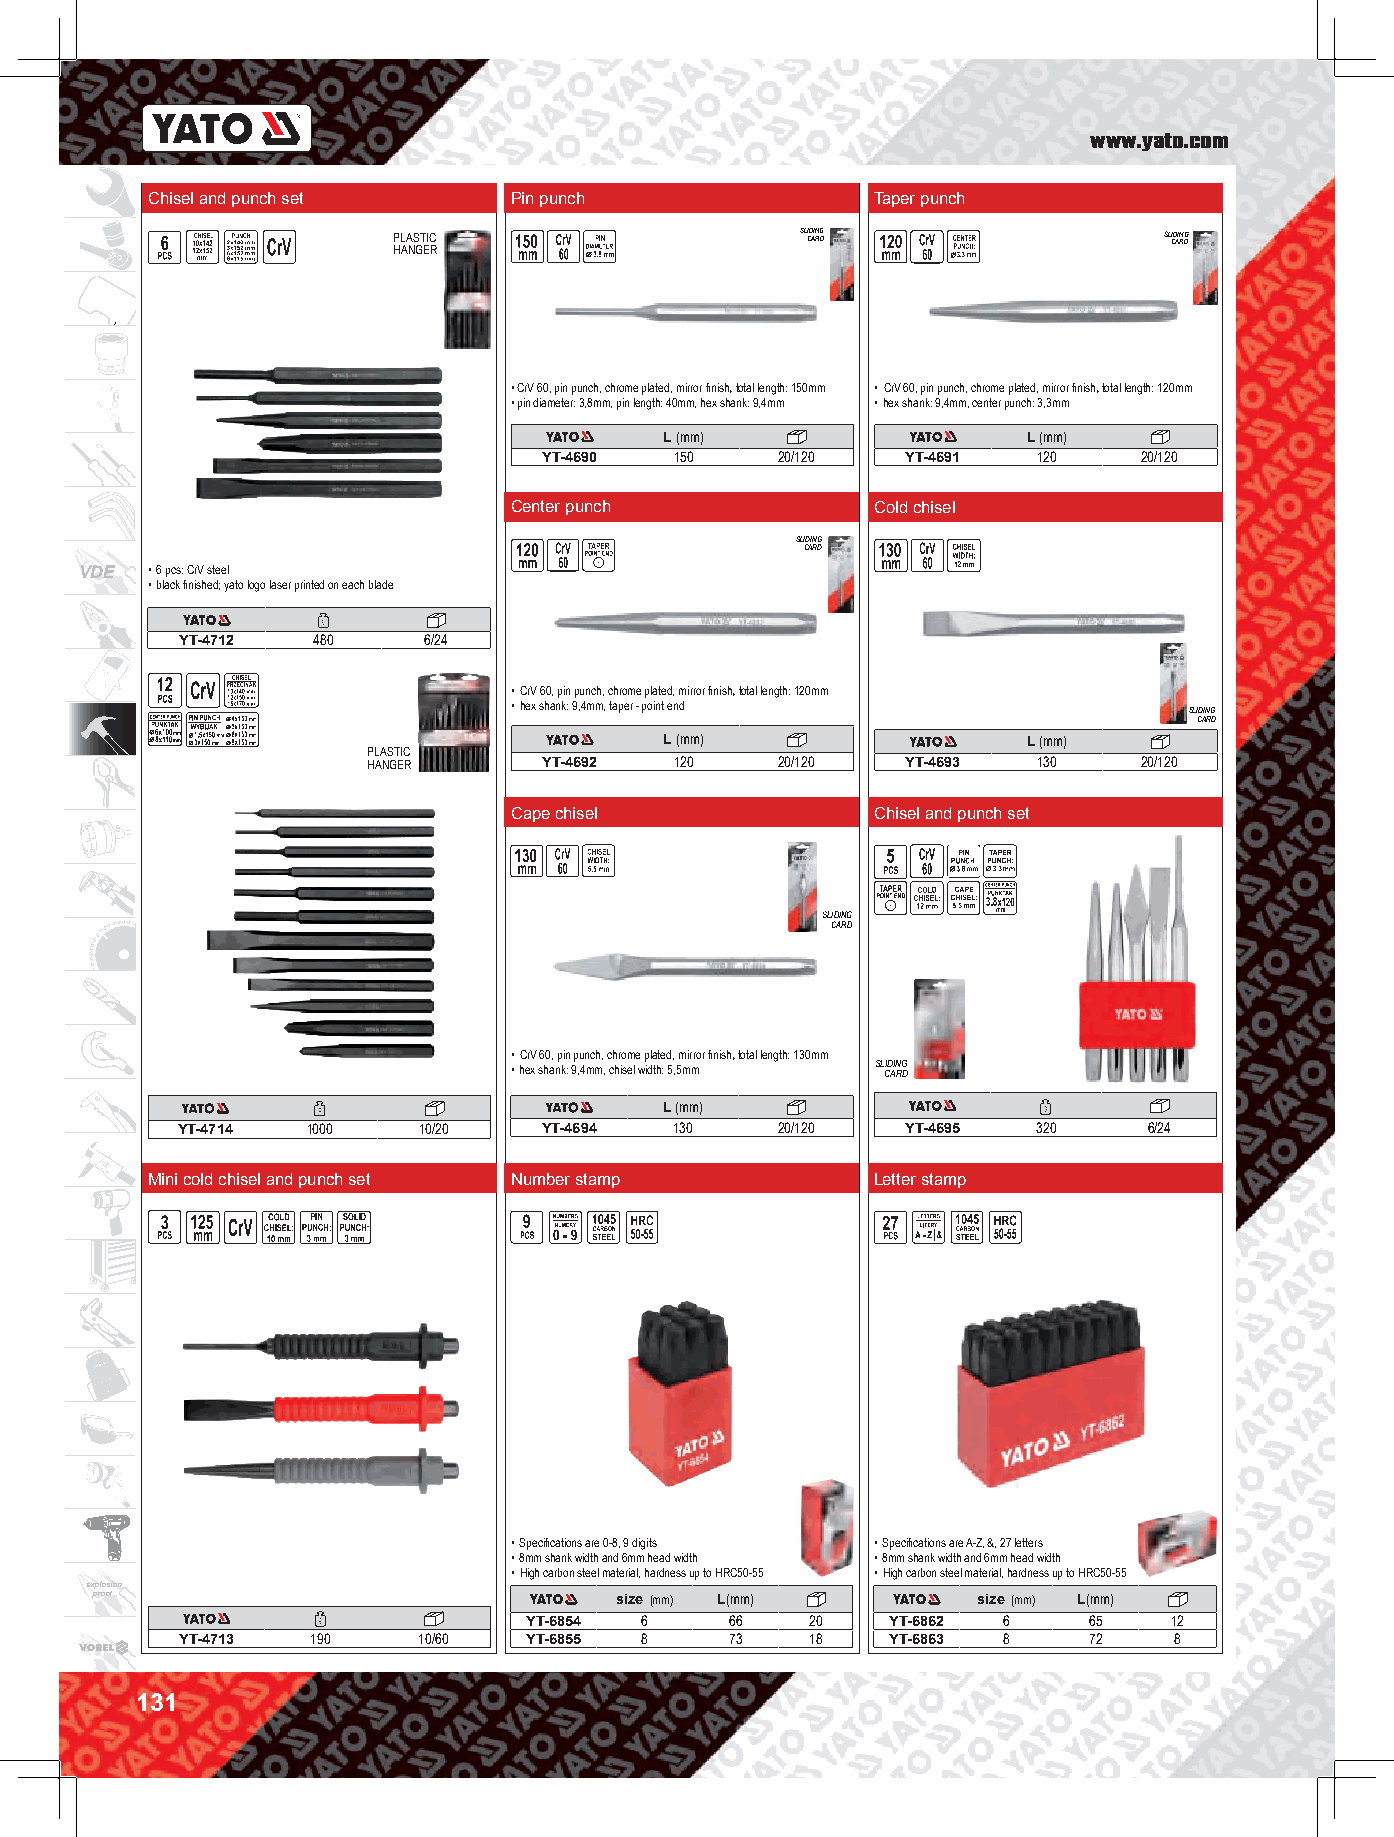
www.yato.com
 Chisel and punch set    Pin punch               Taper punch
 PLASTIC                    SL CID AIN RG D         SL CID AIN RG D
 HANGER
 • CrV 60, pin punch, chrome plated, mirror finish，total length: 150mm • CrV 60, pin punch, chrome plated, mirror finish，total length: 120mm
 • pin diameter: 3,8mm, pin length: 40mm, hex shank: 9,4mm • hex shank: 9,4mm, center punch: 3,3mm
 L (mm)                  L (mm)
 YT-4690  150    20/120  YT-4691  120    20/120
 Center punch            Cold chisel
 SLIDING
 CARD
 VDE  • 6 pcs: CrV steel
 • black finished; yato logo laser printed on each blade
 YT-4712  480    6/24
 • CrV 60, pin punch, chrome plated, mirror finish，total length: 120mm
 • hex shank: 9,4mm, taper - point end        SLIDING
 CARD
 L (mm)                  L (mm)
 PLASTIC
 HANGER      YT-4692  120    20/120  YT-4693  130    20/120
 Cape chisel             Chisel and punch set
 SLIDING
 CARD
 • CrV 60, pin punch, chrome plated, mirror finish，total length: 130mm
 • hex shank: 9,4mm, chisel width: 5,5mm SL CID AIN RG D
 L (mm)
 YT-4714 1000    10/20   YT-4694  130   20/120   YT-4695  320    6/24
 Mini cold chisel and punch set Number stamp     Letter stamp
 • Specifications are 0-8, 9 digits • Specifications are A-Z, &, 27 letters
 • 8mm shank width and 6mm head width • 8mm shank width and 6mm head width
 • High carbon steel material, hardness up to HRC50-55 • High carbon steel material, hardness up to HRC50-55
 explosion
 proof                              size (mm) L(mm)         size (mm) L(mm)
 YT-6854 6    66    20   YT-6862 6    65   12
 YT-4713  190    10/60  YT-6855 8    73    18   YT-6863 8    72    8
 131